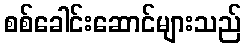
စစ်ခေါင်းဆောင်များသည်